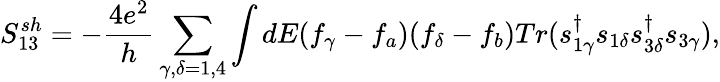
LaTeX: {S_{13}^{sh}}=-\frac{4e^{2}}{h}\sum_{\gamma,\delta=1,4}\int dE(f_{\gamma}-f_{a})(f_{\delta}-f_{b})Tr(s_{1\gamma}^{\dagger}s_{1\delta}s_{3\delta}^{\dagger}s_{3\gamma}),